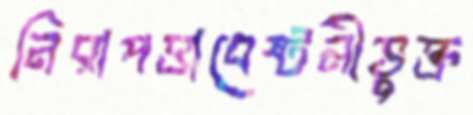
নিরাপত্তাবেষ্টনীভুক্ত